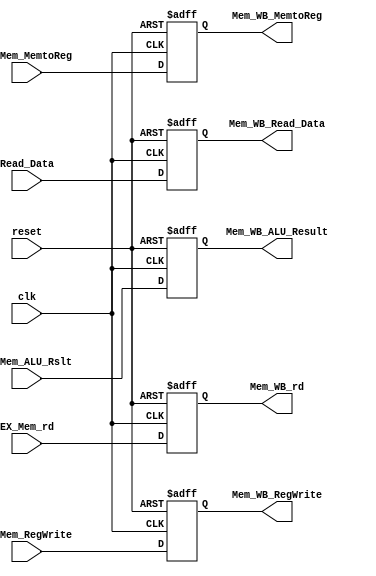
module Mem_WB(
  input clk, reset,
  input EX_Mem_MemtoReg,
  input EX_Mem_RegWrite,
  input [63:0] Read_Data, 
  input [63:0] EX_Mem_ALU_Rslt,
  input [4:0] EX_Mem_rd,
  
  output reg Mem_WB_MemtoReg,
  output reg Mem_WB_RegWrite,
  output reg [63:0] Mem_WB_Read_Data,
  output reg [63:0] Mem_WB_ALU_Result,
  output reg [4:0] Mem_WB_rd
);
  
  always @(posedge clk or posedge reset)
    begin
      if (reset)
        begin
          Mem_WB_MemtoReg = 1'b0;
          Mem_WB_RegWrite = 1'b0;
          Mem_WB_Read_Data = 64'b0;
          
          Mem_WB_ALU_Result = 64'b0;
          Mem_WB_rd = 5'b0;
        end
      else
        begin
          Mem_WB_MemtoReg = EX_Mem_MemtoReg;
          Mem_WB_RegWrite = EX_Mem_RegWrite;
          Mem_WB_Read_Data = Read_Data;
          Mem_WB_ALU_Result = EX_Mem_ALU_Rslt;
          Mem_WB_rd = EX_Mem_rd;
        end
       
    end
  
endmodule